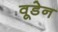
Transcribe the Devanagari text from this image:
वूडेन